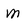
Character: m